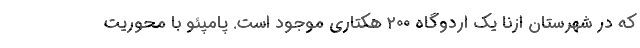
که در شهرستان ازنا یک اردوگاه ۲۰۰ هکتاری موجود است. پامپئو با محوریت